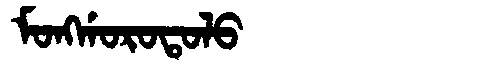
Manchu: ᠮᠣᠩᡤᠣᡵᠣᡨᠣᠯᠣ
Romanization: MONGGOROTOLO